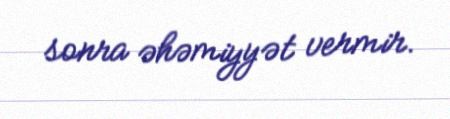
sonra əhəmiyyət vermir.